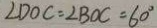
\angle D O C = \angle B O C = 6 0 ^ { \circ }